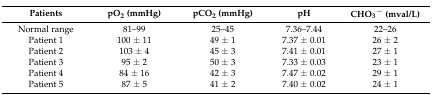
<table><thead><tr><td><b>Patients</b></td><td><b>pO<sub>2</sub> (mmHg)</b></td><td><b>pCO<sub>2</sub> (mmHg)</b></td><td><b>pH</b></td><td><b>CHO<sub>3</sub><sup>−</sup> (mval/L)</b></td></tr></thead><tbody><tr><td>Normal range</td><td>81–99</td><td>25–45</td><td>7.36–7.44</td><td>22–26</td></tr><tr><td>Patient 1</td><td>100 ± 11</td><td>49 ± 1</td><td>7.37 ± 0.01</td><td>26 ± 2</td></tr><tr><td>Patient 2</td><td>103 ± 4</td><td>45 ± 3</td><td>7.41 ± 0.01</td><td>27 ± 1</td></tr><tr><td>Patient 3</td><td>95 ± 2</td><td>50 ± 3</td><td>7.33 ± 0.03</td><td>23 ± 1</td></tr><tr><td>Patient 4</td><td>84 ± 16</td><td>42 ± 3</td><td>7.47 ± 0.02</td><td>29 ± 1</td></tr><tr><td>Patient 5</td><td>87 ± 5</td><td>41 ± 2</td><td>7.40 ± 0.02</td><td>24 ± 1</td></tr></tbody></table>